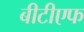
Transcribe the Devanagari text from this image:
बीटीएफ